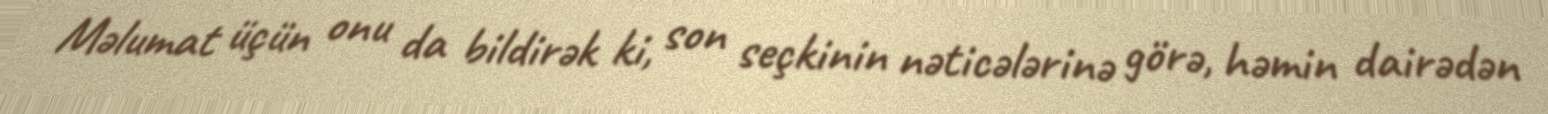
Məlumat üçün onu da bildirək ki, son seçkinin nəticələrinə görə, həmin dairədən